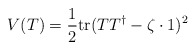
\begin{align*}V(T)=\frac12\mbox{tr}(TT^\dagger-\zeta\cdot 1)^2\end{align*}